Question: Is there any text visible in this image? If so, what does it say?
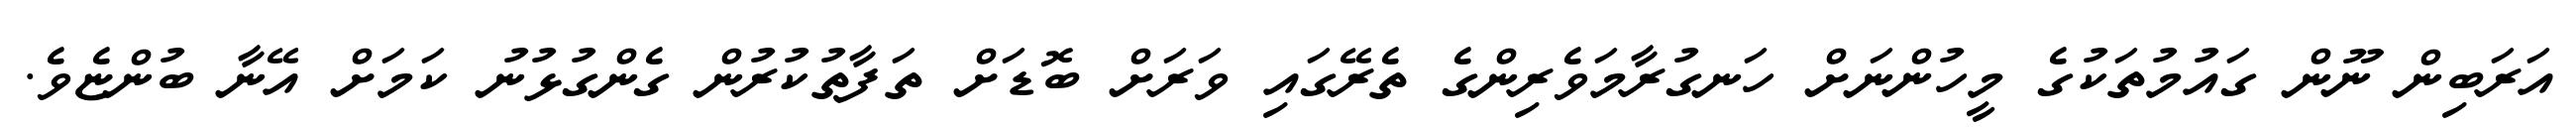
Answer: އަރަބިން ނޫން ގައުމުތަކުގެ މީހުންނަށް ހަނގުރާމަވެރިންގެ ތެރޭގައި ވަރަށް ބޮޑަށް ތަފާތުކުރުން ގެންގުޅުނު ކަމަށް އޭނާ ބުންޏެވެ.